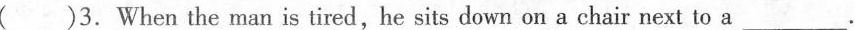
( )3.When the man is tired,he sits down on a chair next to a___